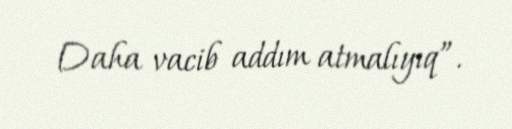
Daha vacib addım atmalıyıq”.